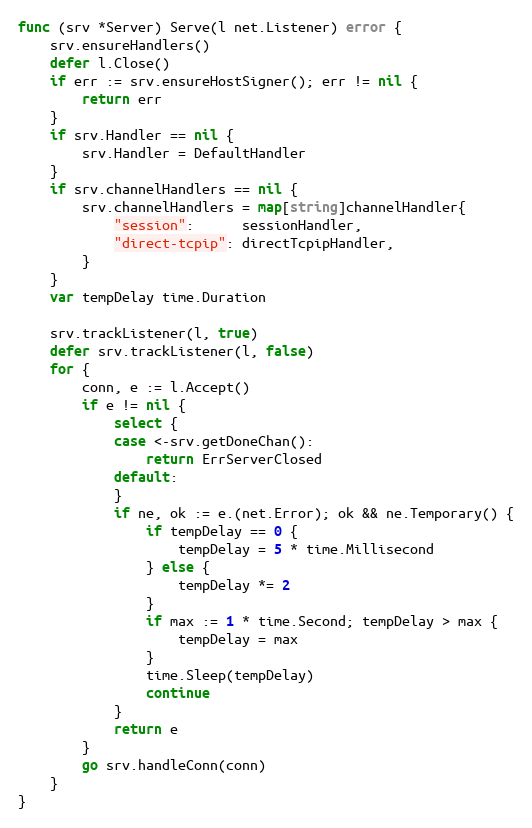
Language: Go
func (srv *Server) Serve(l net.Listener) error {
	srv.ensureHandlers()
	defer l.Close()
	if err := srv.ensureHostSigner(); err != nil {
		return err
	}
	if srv.Handler == nil {
		srv.Handler = DefaultHandler
	}
	if srv.channelHandlers == nil {
		srv.channelHandlers = map[string]channelHandler{
			"session":      sessionHandler,
			"direct-tcpip": directTcpipHandler,
		}
	}
	var tempDelay time.Duration

	srv.trackListener(l, true)
	defer srv.trackListener(l, false)
	for {
		conn, e := l.Accept()
		if e != nil {
			select {
			case <-srv.getDoneChan():
				return ErrServerClosed
			default:
			}
			if ne, ok := e.(net.Error); ok && ne.Temporary() {
				if tempDelay == 0 {
					tempDelay = 5 * time.Millisecond
				} else {
					tempDelay *= 2
				}
				if max := 1 * time.Second; tempDelay > max {
					tempDelay = max
				}
				time.Sleep(tempDelay)
				continue
			}
			return e
		}
		go srv.handleConn(conn)
	}
}